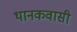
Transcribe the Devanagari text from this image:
थानकवासी